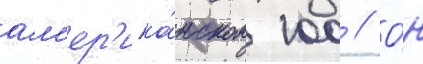
ам'ер'ика́нском 100 // О́н